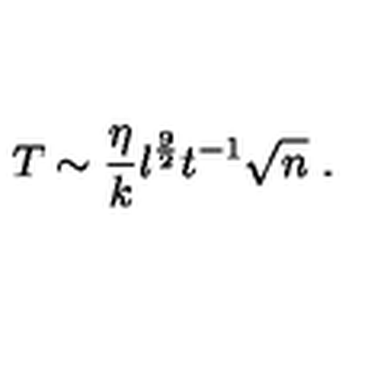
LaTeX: T \sim { \frac { \eta } { k } } l ^ { { \frac { 9 } { 2 } } } t ^ { - 1 } \sqrt { n } \ .